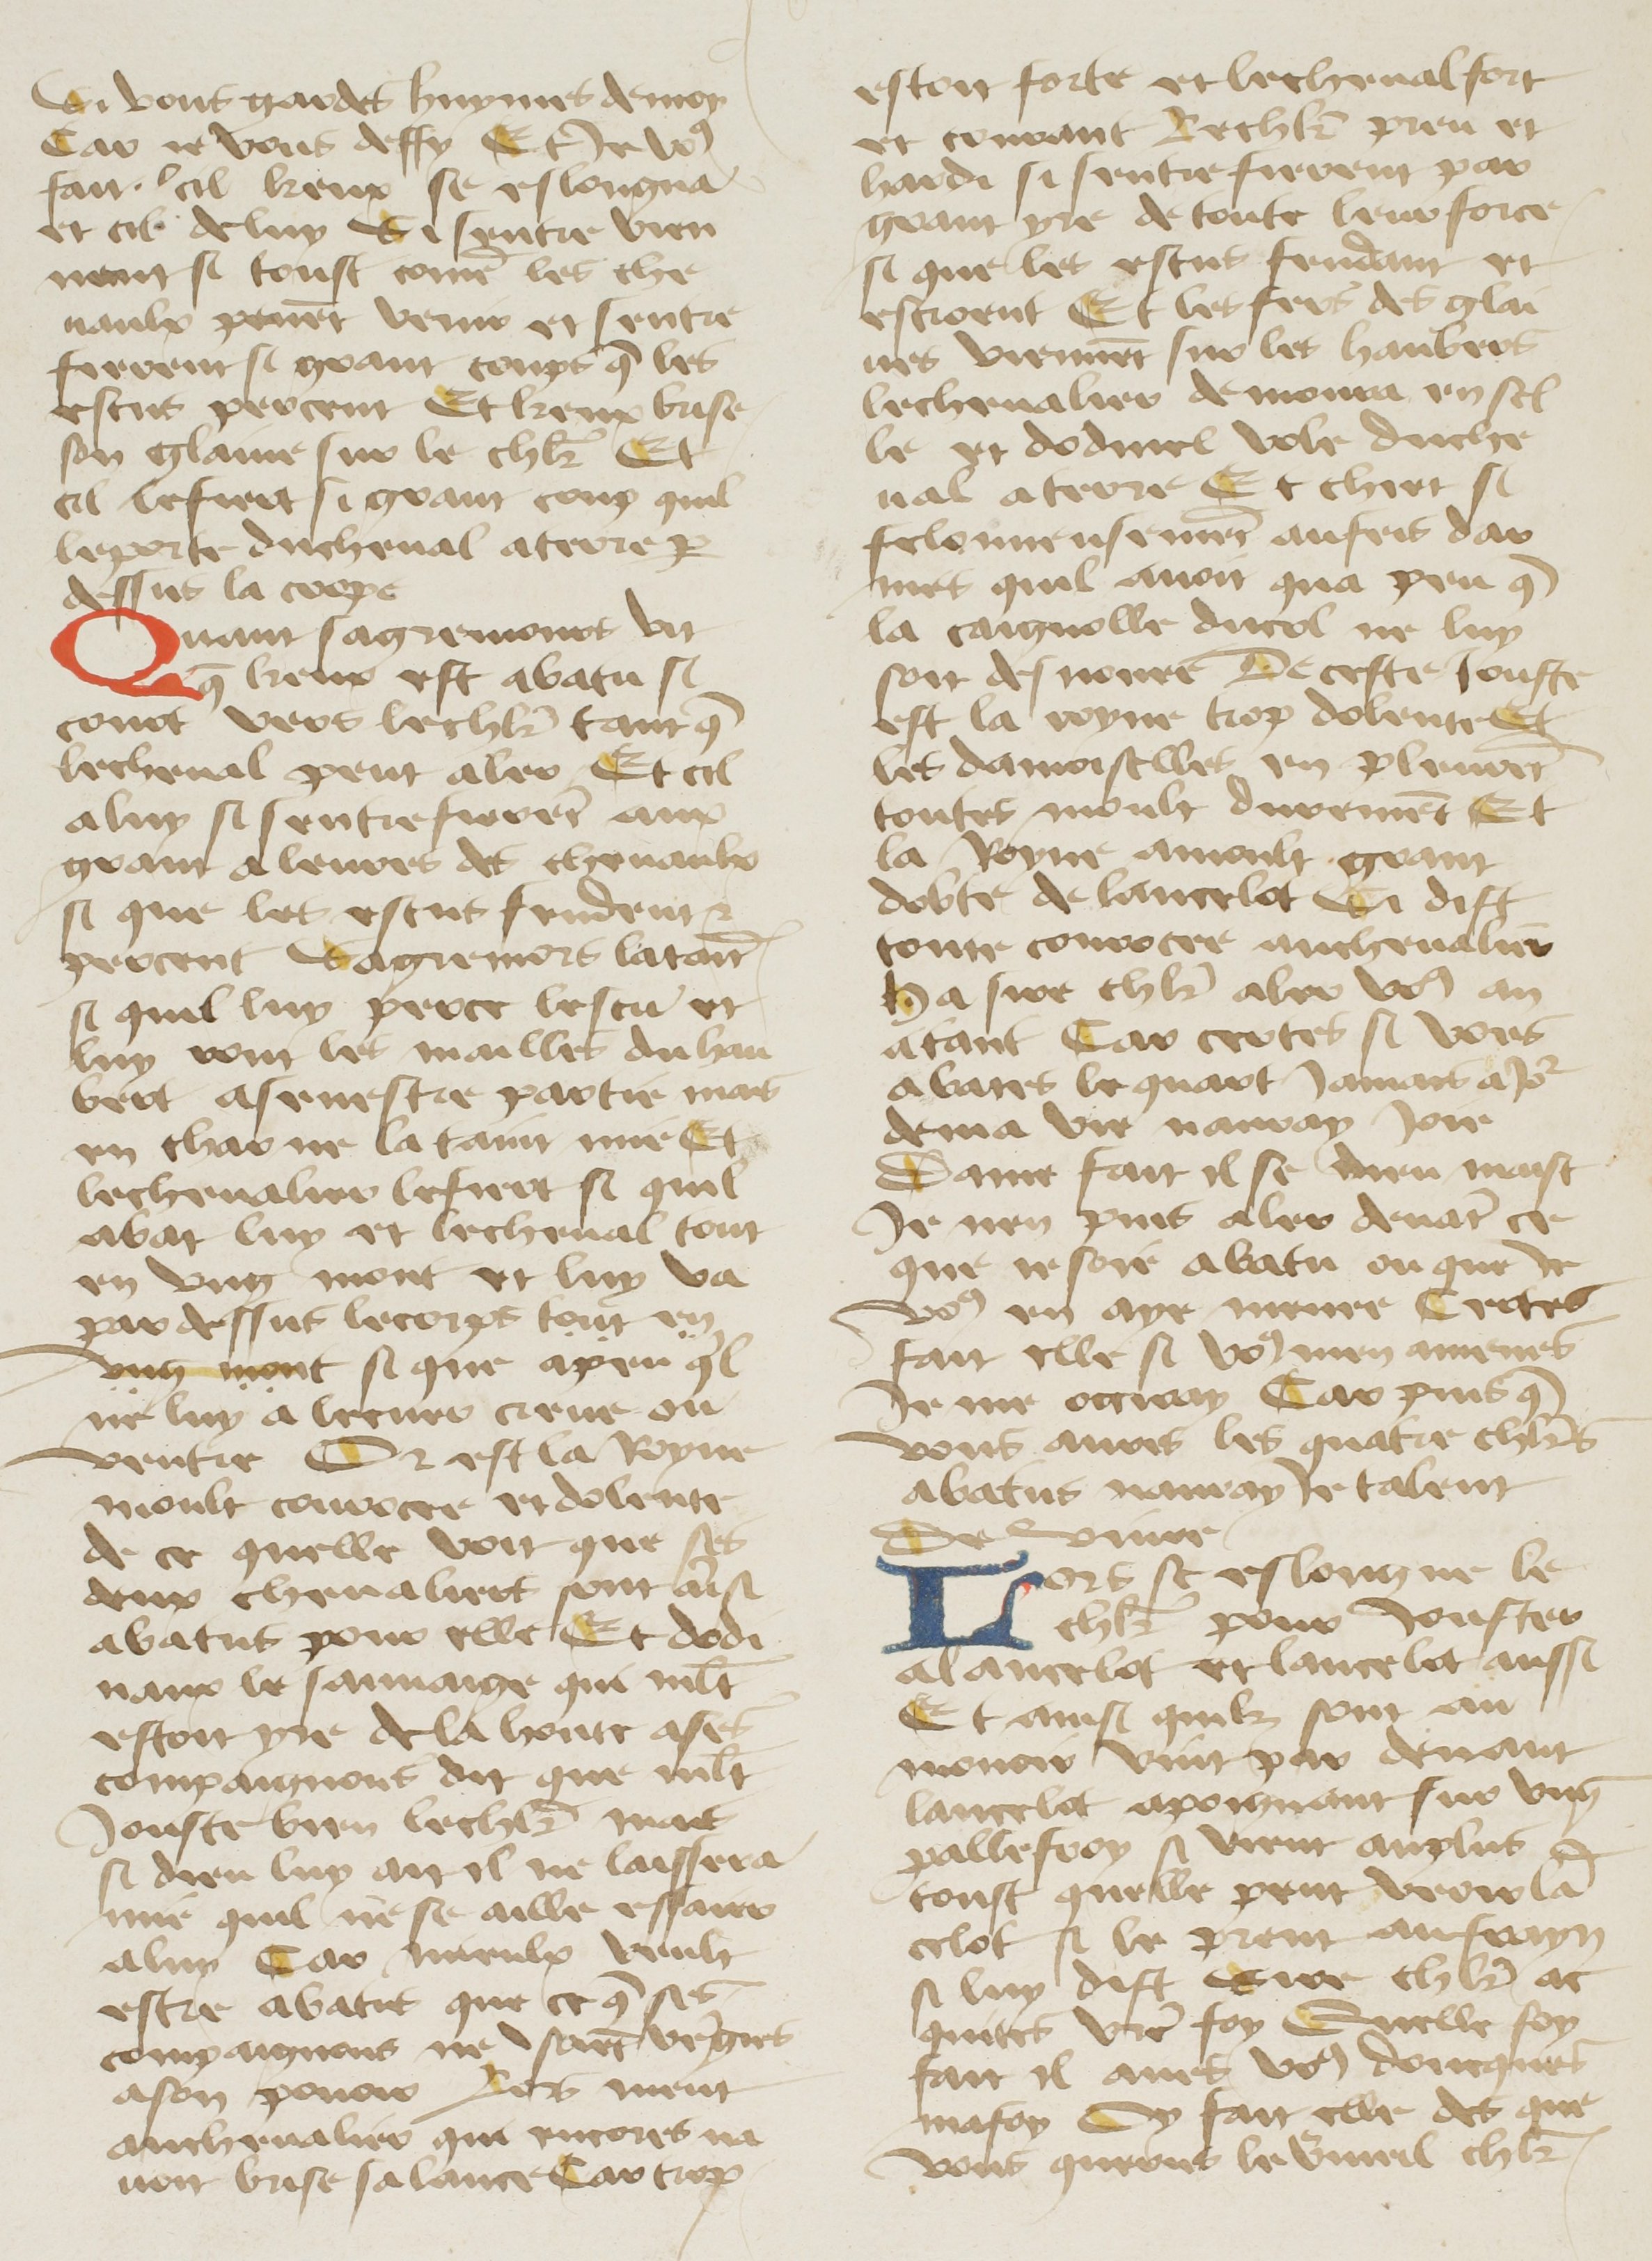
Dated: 1400–1499